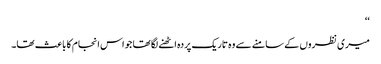
‘‘
میری نظروں کے سامنے سے وہ تاریک پردہ اٹھنے لگا تھا جو اس انجام کا باعث تھا۔